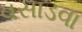
વસાડવા